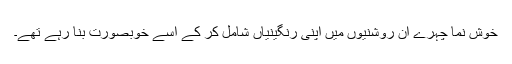
خوش نما چہرے ان روشنیوں میں اپنی رنگینیاں شامل کر کے اسے خوبصورت بنا رہے تھے۔